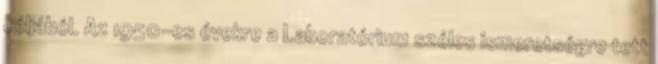
céljából. Az 1950-es évekre a Laboratórium széles ismeretségre tett